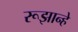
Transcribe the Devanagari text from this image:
रूझान्हे